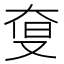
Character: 𡘨